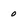
Character: 0